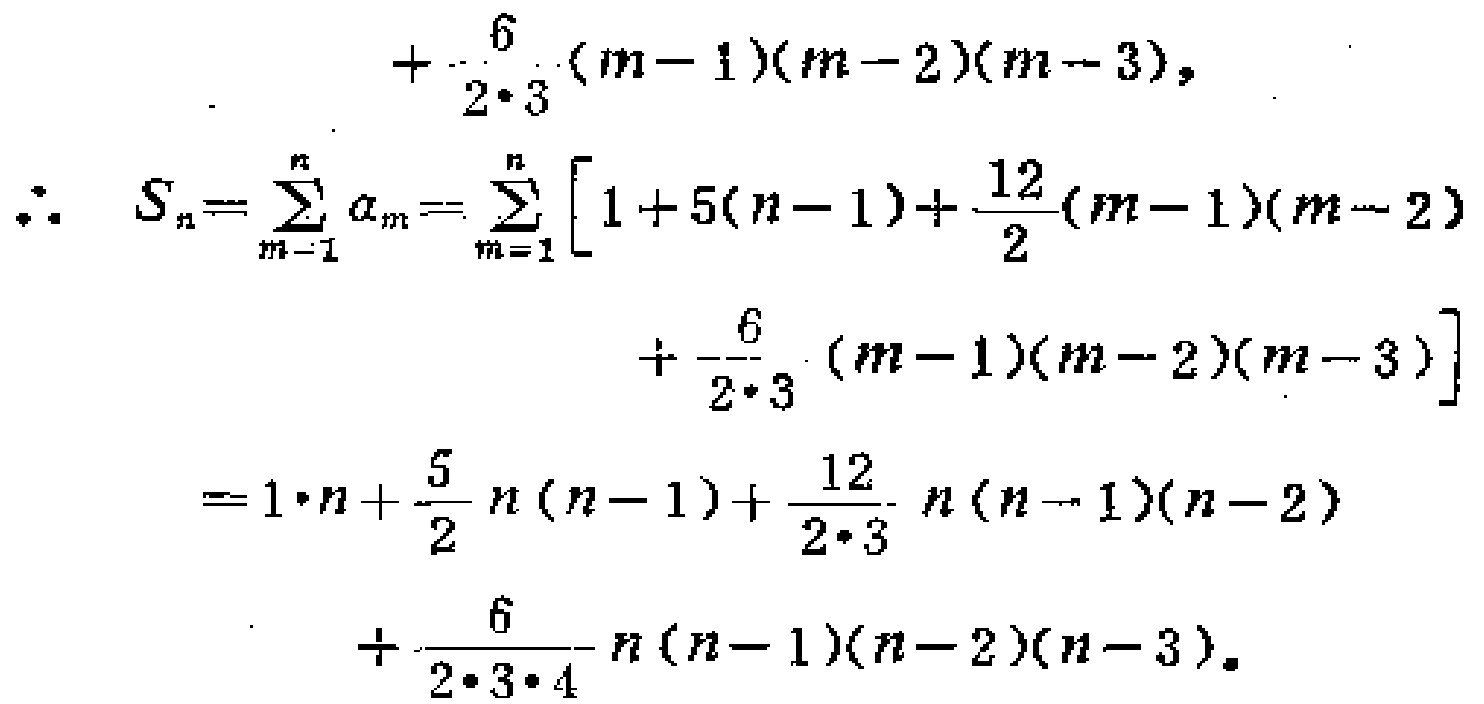
\[
\begin{align*}
&+\frac{6}{2\cdot3}(m - 1)(m - 2)(m - 3),\\
\therefore S_{n}&=\sum_{m = 1}^{n}a_{m}=\sum_{m = 1}^{n}\left[1 + 5(n - 1)+\frac{12}{2}(m - 1)(m - 2)+\frac{6}{2\cdot3}(m - 1)(m - 2)(m - 3)\right]\\
&=1\cdot n+\frac{5}{2}n(n - 1)+\frac{12}{2\cdot3}n(n - 1)(n - 2)+\frac{6}{2\cdot3\cdot4}n(n - 1)(n - 2)(n - 3).
\end{align*}
\]